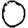
Digit: 0